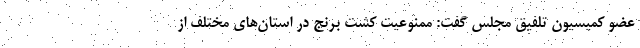
عضو کمیسیون تلفیق مجلس گفت: ممنوعیت کشت برنج در استان‌های مختلف از